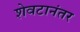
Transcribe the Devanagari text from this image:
शेवटानंतर